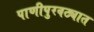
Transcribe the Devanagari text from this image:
पाणीपुरवठ्यात